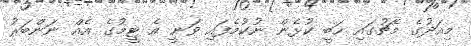
މިއަދުގެ މެޗުގައި ހަބީ ކުޅެން ނުކުމެފައި ވަނީ އެ ޓީމުގެ އެއް ނަންބަރު